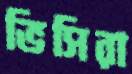
ভিসিরা